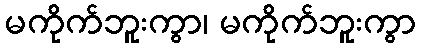
မကိုက်ဘူးကွာ၊ မကိုက်ဘူးကွာ